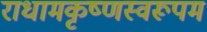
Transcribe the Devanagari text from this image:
राधामकृष्णस्वरूपम